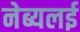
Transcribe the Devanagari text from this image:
नेब्यलई